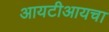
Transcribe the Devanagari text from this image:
आयटीआयचा